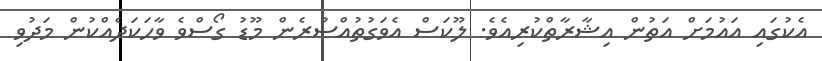
އެކުގައި އައުމަށް އަތުން އިޝާރާތްކުރިއެވެ. ލޫކަސް އެވަގުތުއްސުރެން މޫޑު ގޯސްވެ ވާހަކަދެއްކުން މަދުވި